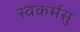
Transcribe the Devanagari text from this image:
स्वकर्मसु